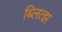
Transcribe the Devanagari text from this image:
ब्लित्झ